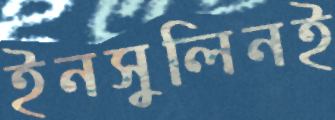
ইনসুলিনই